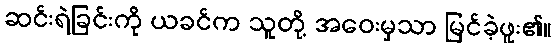
ဆင်းရဲခြင်းကို ယခင်က သူတို့ အဝေးမှသာ မြင်ခဲ့ဖူး၏။